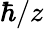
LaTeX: \hbar/z